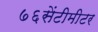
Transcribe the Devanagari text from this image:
७६सेंटीमीटर